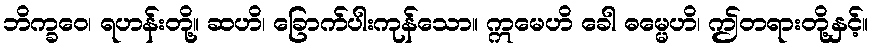
ဘိက္ခဝေ၊ ရဟန်းတို့။ ဆဟိ၊ ခြောက်ပါးကုန်သော။ ဣမေဟိ ခေါ ဓမ္မေဟိ၊ ဤတရားတို့နှင့်။